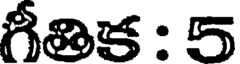
గీతిక : 5